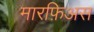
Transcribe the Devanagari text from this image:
मारफ़िअस